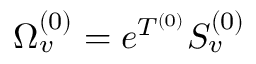
\Omega _ { v } ^ { ( 0 ) } = e ^ { T ^ { ( 0 ) } } S _ { v } ^ { ( 0 ) }